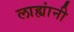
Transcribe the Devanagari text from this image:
लाह्यांनी